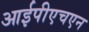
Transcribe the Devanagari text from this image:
आईपीएचएन